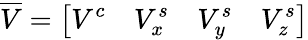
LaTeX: \overline{{V}}=\left[V^{c}\quad V_{x}^{s}\quad V_{y}^{s}\quad V_{z}^{s}\right]